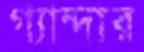
গ্যান্দার